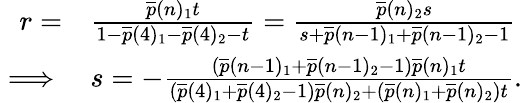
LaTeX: \begin{array}{rl}{r=}&{\frac{\overline{{p}}(n)_{1}t}{1-\overline{{p}}(4)_{1}-\overline{{p}}(4)_{2}-t}=\frac{\overline{{p}}(n)_{2}s}{s+\overline{{p}}(n-1)_{1}+\overline{{p}}(n-1)_{2}-1}}\\ {\implies}&{s=-\frac{(\overline{{p}}(n-1)_{1}+\overline{{p}}(n-1)_{2}-1)\overline{{p}}(n)_{1}t}{(\overline{{p}}(4)_{1}+\overline{{p}}(4)_{2}-1)\overline{{p}}(n)_{2}+(\overline{{p}}(n)_{1}+\overline{{p}}(n)_{2})t}.}\end{array}